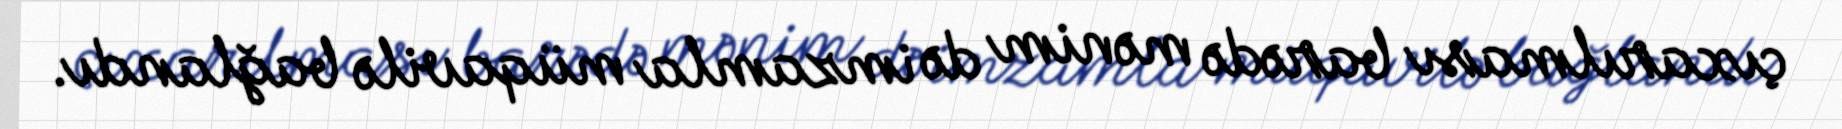
çıxarılması barədə mənim də imzamla müqavilə bağlandı.